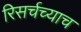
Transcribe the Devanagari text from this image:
रिसर्चच्याच